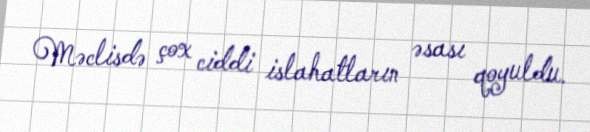
Məclisdə çox ciddi islahatların əsası qoyuldu.